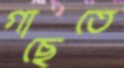
গাছেতে